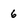
Character: 6